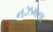
નઝમના